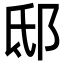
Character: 邸